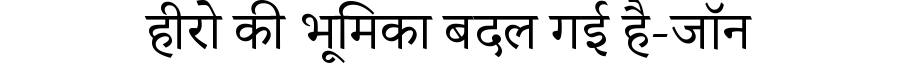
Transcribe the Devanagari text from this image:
हीरो की भूमिका बदल गई है-जॉन